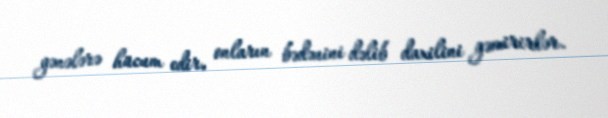
gənələrə hücum edir, onların bədənini dəlib daxilini gəmirirlər.